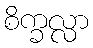
စိက္ခလ္လာ